Report on sanitation, dispensaries, and jails in Rajputana for 1917, and on vaccination for the year 1917-1918 - 1917-1918
Year: 1917
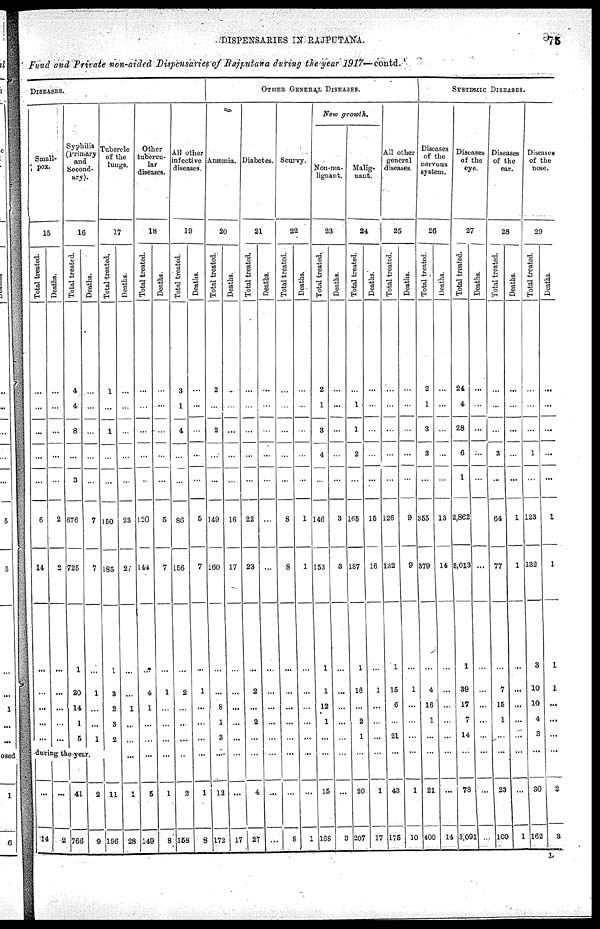
DISPENSARIES IN RAJPUTANA.
75
Fund and Private non-aided Dispensaries of Rajputana during the year 1917— contd.
DISEASES.
Small¬
pox.
15
Total treated.
...
...
...
...
...
6
14
...
...
...
...
...
Deaths.
...
...
...
...
...
2
2
...
...
...
...
...
Syphilis
(Primary
and
Second¬
ary).
16
Total treated.
4
4
8
...
3
678
725
1
20
14
1
5
Deaths.
...
...
...
...
...
7
7
...
1
...
...
1
during the year.
...
14
...
2
41
766
2
9
Tubercle
of the
lungs.
17
Total treated.
1
...
1
...
...
150
185
1
3
2
3
2
...
11
196
Deaths.
...
...
...
...
...
23
2
...
...
1
...
...
...
1
28
Other
tubercu-
lar
diseases.
18
Total treated.
...
...
...
...
...
120
144
...
4
1
...
...
...
5
149
Deaths.
...
...
...
...
...
5
7
...
1
...
...
...
...
1
8
All other
infective
diseases
19
Total treated.
3
1
4
...
...
86
156
...
2
...
...
...
...
2
158
Deaths.
...
...
...
...
...
5
7
...
1
...
...
...
...
1
8
OTHER GENERAL DISEASES.
Anæmia.
20
Total treated.
2
...
2
...
...
149
160
...
...
8
1
3
...
12
172
Deaths.
...
...
...
...
...
16
17
...
...
...
...
...
...
...
17
Diabetes.
21
Total treated.
...
...
...
...
...
22
23
...
2
...
2
...
...
4
27
Deaths.
...
...
...
...
...
...
...
...
...
...
...
...
...
...
...
Scurvy.
22
Total treated.
...
...
...
...
...
8
8
...
...
...
...
...
...
...
8
Deaths.
...
...
...
...
...
1
1
...
...
...
...
...
...
...
1
New growth.
Non-ma-
lignant.
23
Total treated.
2
1
3
4
...
146
153
1
1
12
1
...
...
15
166
Deaths.
...
...
...
...
...
3
3
...
...
...
...
...
...
...
3
Malig¬
nant.
24
Total treated.
...
1
1
2
...
165
187
1
16
...
2
1
...
20
207
Deaths.
...
...
...
...
...
15
16
...
1
...
...
...
...
1
17
All other
general
diseases
25
Total treated.
...
...
...
...
...
126
132
1
15
6
...
21
...
43
175
Deaths.
...
...
...
...
...
9
9
...
1
...
...
...
...
1
10
SYSTEMIC DISEASES.
Diseases
of the
nervous
system.
26
Total treated.
2
1
3
3
...
355
379
...
4
16
1
...
...
21
400
Deaths.
...
...
...
...
...
13
14
...
...
...
...
...
...
...
14
Diseases
of the
eye.
27
Total treated.
24
4
28
6
1
2,862
3,013
1
39
17
7
14
...
78
3,091
Deaths.
...
...
...
...
...
...
...
...
...
...
...
...
...
...
...
Diseases
of the
ear.
28
Total treated.
...
...
...
3
...
64
77
...
7
15
1
...
...
23
100
Deaths.
...
...
...
...
...
1
1
...
...
...
...
...
...
...
1
Diseases
of the
nose.
29
Total treated.
...
...
...
1
...
123
132
3
10
10
4
3
...
30
162
Deaths.
...
...
...
...
...
1
1
1
1
...
...
...
...
2
3
L